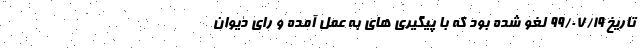
تاریخ ۹۹/۰۷/۱۹ لغو شده بود که با پیگیری های به عمل آمده و رای دیوان